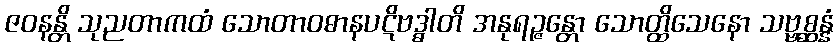
ဇဝနန္တိ သုညတာကထံ သောတာဝဓာနပဋိဗဒ္ဓါတိ အနုရဉ္ဇန္တော သောတ္ထိသေနော သဗ္ဗစ္ဆန္နံ